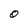
Character: O